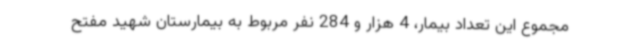
مجموع این تعداد بیمار، 4 هزار و 284 نفر مربوط به بیمارستان شهید مفتح